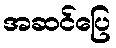
အဆင်ပြေ